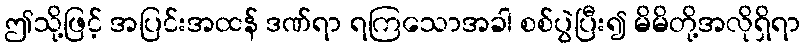
ဤသို့ဖြင့် အပြင်းအထန် ဒဏ်ရာ ရကြသောအခါ စစ်ပွဲပြီး၍ မိမိတို့အလိုရှိရာ